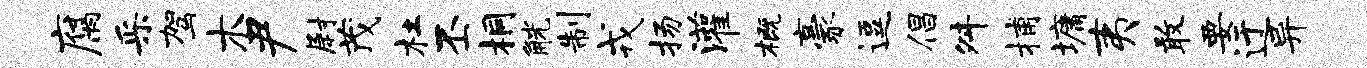
腐采驾木尹尉茂杜丕桐觥制戎扬灌概豪逗倡舛捕墉夷敢要迂异